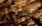
حسنا